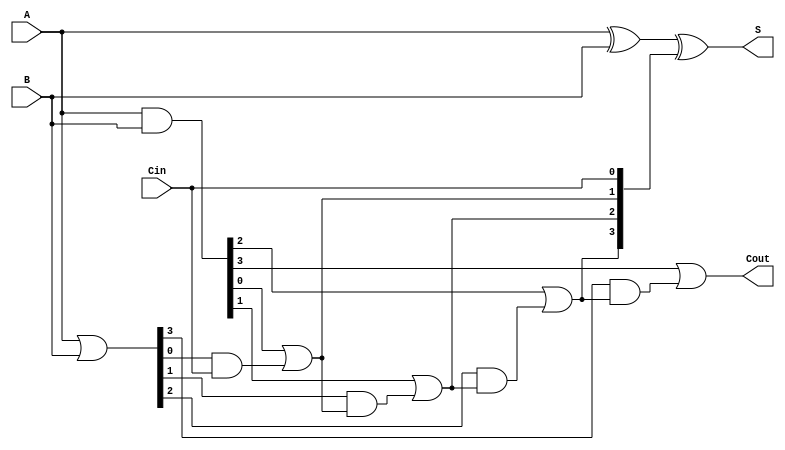
module VariableLatencyCLA #(
    parameter N = 4 // Parameter for the number of bits
)(
    input  wire [N-1:0] A,      // First n-bit input
    input  wire [N-1:0] B,      // Second n-bit input
    input  wire Cin,             // Carry input
    output wire [N-1:0] S,       // Sum output
    output wire Cout             // Carry output
);

    // Generate and Propagate signals
    wire [N-1:0] G; // Generate
    wire [N-1:0] P; // Propagate
    wire [N:0] C;    // Carry bits

    // Generate and Propagate logic
    assign G = A & B;         // G[i] = A[i] AND B[i]
    assign P = A | B;         // P[i] = A[i] OR B[i]

    // Carry logic
    assign C[0] = Cin; // Initial carry input
    genvar i;
    generate
        for (i = 0; i < N; i = i + 1) begin : carry_calc
            assign C[i+1] = G[i] | (P[i] & C[i]); // C[i+1] = G[i] + (P[i] AND C[i])
        end
    endgenerate

    // Sum calculation
    assign S = A ^ B ^ C[N-1:0]; // S[i] = A[i] XOR B[i] XOR C[i]

    // Carry out
    assign Cout = C[N]; // Cout is the last carry out

endmodule